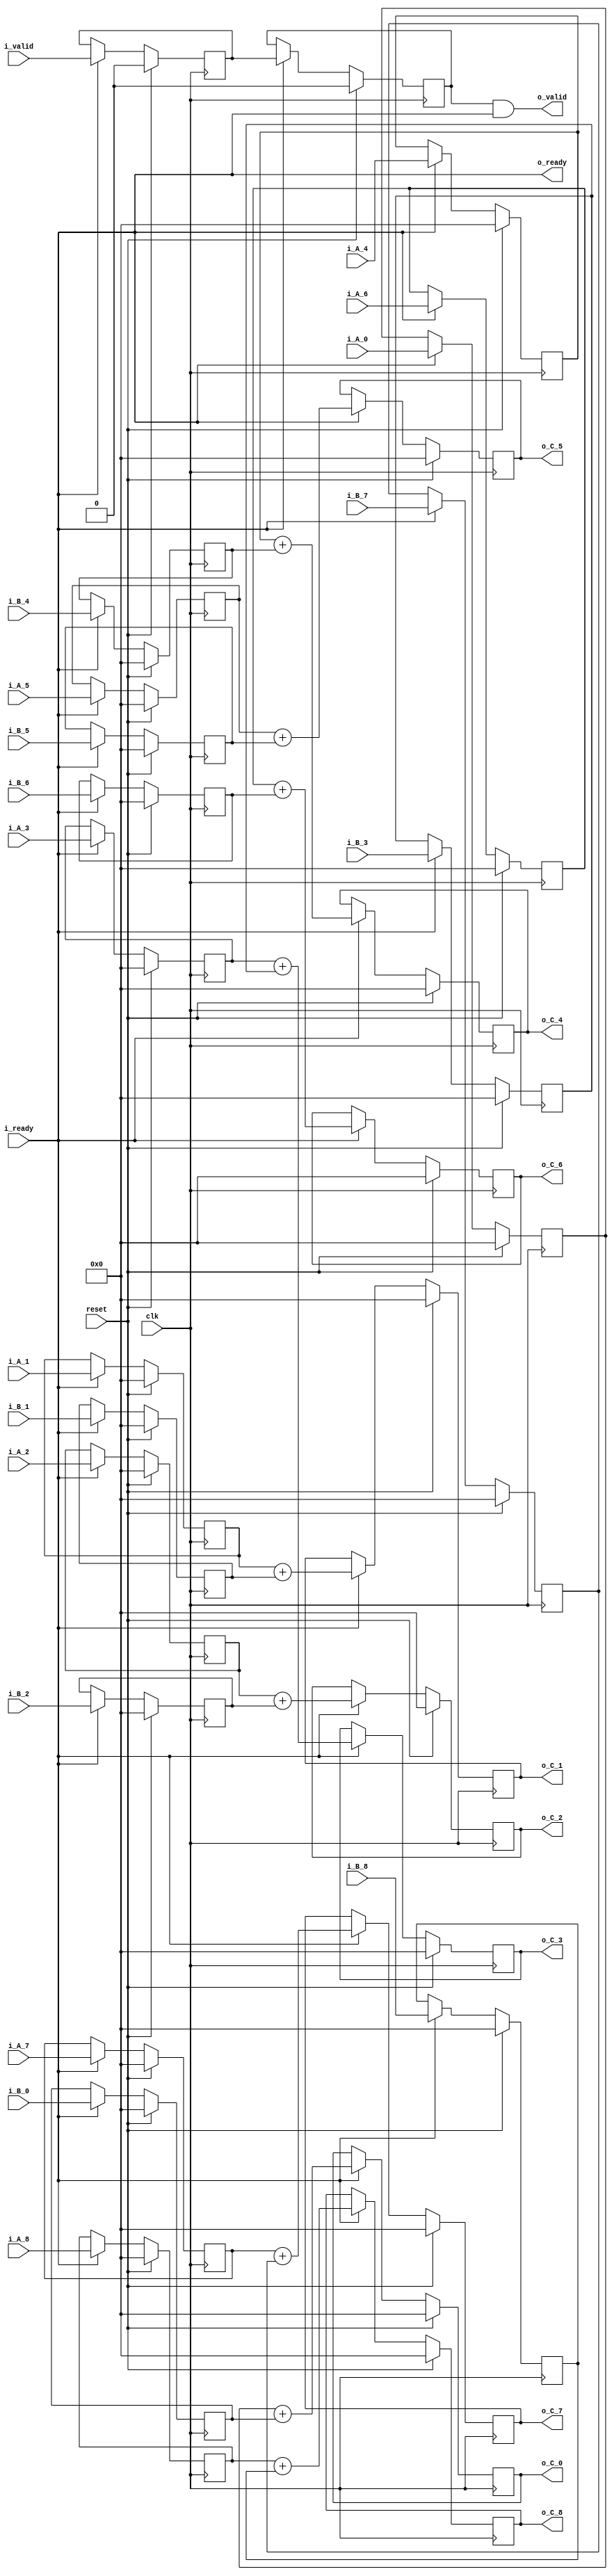
`define SIMULATION_MEMORY

module elementwise_add_core_18_18_9 (
	input clk,
	input reset,
	input i_valid,
	input i_ready,
	input [17:0] i_A_0,
	input [17:0] i_B_0,
	output [17:0] o_C_0,
	input [17:0] i_A_1,
	input [17:0] i_B_1,
	output [17:0] o_C_1,
	input [17:0] i_A_2,
	input [17:0] i_B_2,
	output [17:0] o_C_2,
	input [17:0] i_A_3,
	input [17:0] i_B_3,
	output [17:0] o_C_3,
	input [17:0] i_A_4,
	input [17:0] i_B_4,
	output [17:0] o_C_4,
	input [17:0] i_A_5,
	input [17:0] i_B_5,
	output [17:0] o_C_5,
	input [17:0] i_A_6,
	input [17:0] i_B_6,
	output [17:0] o_C_6,
	input [17:0] i_A_7,
	input [17:0] i_B_7,
	output [17:0] o_C_7,
	input [17:0] i_A_8,
	input [17:0] i_B_8,
	output [17:0] o_C_8,
	output o_valid,
	output o_ready
);

reg [17:0] reg_A_0;
reg [17:0] reg_B_0;
reg [17:0] reg_C_0;
reg [17:0] reg_A_1;
reg [17:0] reg_B_1;
reg [17:0] reg_C_1;
reg [17:0] reg_A_2;
reg [17:0] reg_B_2;
reg [17:0] reg_C_2;
reg [17:0] reg_A_3;
reg [17:0] reg_B_3;
reg [17:0] reg_C_3;
reg [17:0] reg_A_4;
reg [17:0] reg_B_4;
reg [17:0] reg_C_4;
reg [17:0] reg_A_5;
reg [17:0] reg_B_5;
reg [17:0] reg_C_5;
reg [17:0] reg_A_6;
reg [17:0] reg_B_6;
reg [17:0] reg_C_6;
reg [17:0] reg_A_7;
reg [17:0] reg_B_7;
reg [17:0] reg_C_7;
reg [17:0] reg_A_8;
reg [17:0] reg_B_8;
reg [17:0] reg_C_8;

reg valid_A_B, valid_C;
wire enable;
assign enable = i_ready;

always @ (posedge clk) begin
	if (reset) begin
		valid_A_B <= 1'b0;
		valid_C <= 1'b0;
		reg_A_0 <= 0;
		reg_B_0 <= 0;
		reg_C_0 <= 0;
		reg_A_1 <= 0;
		reg_B_1 <= 0;
		reg_C_1 <= 0;
		reg_A_2 <= 0;
		reg_B_2 <= 0;
		reg_C_2 <= 0;
		reg_A_3 <= 0;
		reg_B_3 <= 0;
		reg_C_3 <= 0;
		reg_A_4 <= 0;
		reg_B_4 <= 0;
		reg_C_4 <= 0;
		reg_A_5 <= 0;
		reg_B_5 <= 0;
		reg_C_5 <= 0;
		reg_A_6 <= 0;
		reg_B_6 <= 0;
		reg_C_6 <= 0;
		reg_A_7 <= 0;
		reg_B_7 <= 0;
		reg_C_7 <= 0;
		reg_A_8 <= 0;
		reg_B_8 <= 0;
		reg_C_8 <= 0;
	end else if (enable) begin
		reg_A_0 <= i_A_0;
		reg_B_0 <= i_B_0;
		reg_C_0 <= reg_A_0 + reg_B_0;
		reg_A_1 <= i_A_1;
		reg_B_1 <= i_B_1;
		reg_C_1 <= reg_A_1 + reg_B_1;
		reg_A_2 <= i_A_2;
		reg_B_2 <= i_B_2;
		reg_C_2 <= reg_A_2 + reg_B_2;
		reg_A_3 <= i_A_3;
		reg_B_3 <= i_B_3;
		reg_C_3 <= reg_A_3 + reg_B_3;
		reg_A_4 <= i_A_4;
		reg_B_4 <= i_B_4;
		reg_C_4 <= reg_A_4 + reg_B_4;
		reg_A_5 <= i_A_5;
		reg_B_5 <= i_B_5;
		reg_C_5 <= reg_A_5 + reg_B_5;
		reg_A_6 <= i_A_6;
		reg_B_6 <= i_B_6;
		reg_C_6 <= reg_A_6 + reg_B_6;
		reg_A_7 <= i_A_7;
		reg_B_7 <= i_B_7;
		reg_C_7 <= reg_A_7 + reg_B_7;
		reg_A_8 <= i_A_8;
		reg_B_8 <= i_B_8;
		reg_C_8 <= reg_A_8 + reg_B_8;
		valid_A_B <= i_valid;
		valid_C <= valid_A_B;
	end
end

assign o_C_0 = reg_C_0;
assign o_C_1 = reg_C_1;
assign o_C_2 = reg_C_2;
assign o_C_3 = reg_C_3;
assign o_C_4 = reg_C_4;
assign o_C_5 = reg_C_5;
assign o_C_6 = reg_C_6;
assign o_C_7 = reg_C_7;
assign o_C_8 = reg_C_8;
assign o_ready = i_ready;
assign o_valid = valid_C & i_ready;

endmodule